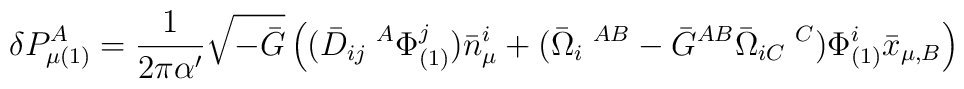
\delta P^{A}_{\mu(1)}=\frac{1}{2\pi\alpha'}\sqrt{-\bar{G}}\left( (\bar{D}_{ij}\;^{A}\Phi^{j}_{(1)})\bar{n}^{i}_\mu+(\bar{\Omega}_{i}\;^{AB}-\bar{G}^{AB}\bar{\Omega}_{iC}\;^{C})\Phi^{i}_{(1)}\bar{x}_{\mu,B}\right)